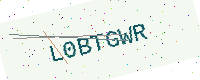
Text: L0BTGWR